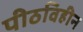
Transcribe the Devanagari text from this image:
पीठविहीन